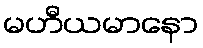
မဟီယမာနော